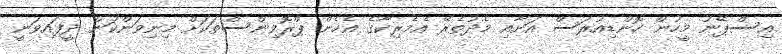
އިސްޕޭނު މީހުން ހޮންޑިއުރަސް އަށާއި މެދުތެރޭ އެމެރިކާގެ އެހެން ޕްރޮވިންސްތަކަށް މިނިވަންކަން ދީފައިވަނީ